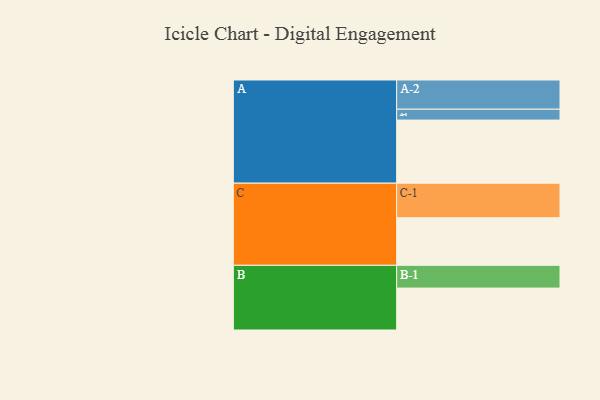
{"axis": {"x": "Segment", "y": "Value"}, "legend": ["", "A", "B", "C"], "data": [{"x": "A", "y": 521, "type": ""}, {"x": "B", "y": 346, "type": ""}, {"x": "C", "y": 393, "type": ""}, {"x": "A-1", "y": 90, "type": "A"}, {"x": "A-2", "y": 241, "type": "A"}, {"x": "B-1", "y": 188, "type": "B"}, {"x": "C-1", "y": 285, "type": "C"}]}